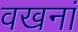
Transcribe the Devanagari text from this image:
वखनां